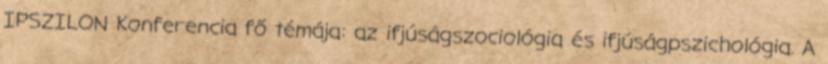
IPSZILON Konferencia fő témája: az ifjúságszociológia és ifjúságpszichológia. A